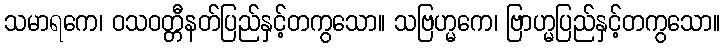
သမာရကေ၊ ဝသဝတ္တီနတ်ပြည်နှင့်တကွသော။ သဗြဟ္မကေ၊ ဗြာဟ္မပြည်နှင့်တကွသော။